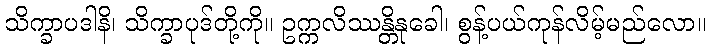
သိက္ခာပဒါနိ၊ သိက္ခာပုဒ်တို့ကို။ ဥက္ကလိဿန္တိနုခေါ၊ စွန့်ပယ်ကုန်လိမ့်မည်လော။